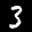
Digit: 3